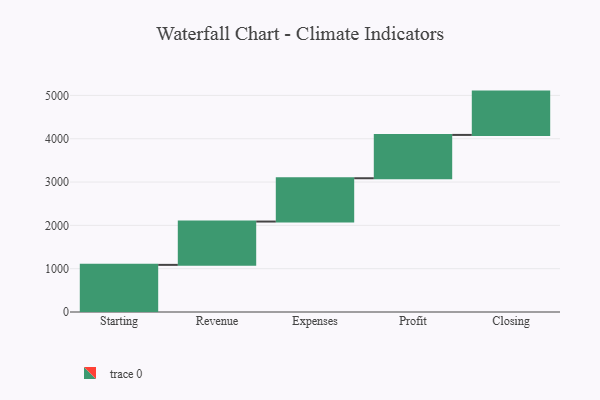
{"axis": {"x": "Step", "y": "Value"}, "legend": [""], "data": [{"x": "Starting", "y": 1088.0, "type": ""}, {"x": "Revenue", "y": 1000, "type": ""}, {"x": "Expenses", "y": 1000, "type": ""}, {"x": "Profit", "y": 1000, "type": ""}, {"x": "Closing", "y": 1000, "type": ""}]}